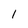
Character: 1